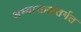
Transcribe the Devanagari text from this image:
अभ्यासाअंतर्गत